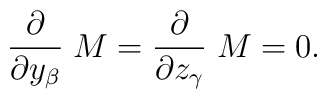
{\partial \over \partial y_\beta} \; M = {\partial \over \partial z_\gamma} \; M = 0.